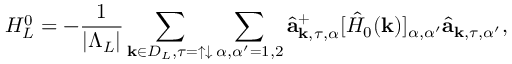
H _ { L } ^ { 0 } = - \frac { 1 } { | \Lambda _ { L } | } \sum _ { { \bf k } \in { \cal D } _ { L } , \tau = \uparrow \downarrow } \sum _ { \alpha , \alpha ^ { \prime } = 1 , 2 } \hat { \bf a } _ { { \bf k } , \tau , \alpha } ^ { + } [ \hat { H } _ { 0 } ( { \bf k } ) ] _ { \alpha , \alpha ^ { \prime } } \hat { \bf a } _ { { \bf k } , \tau , \alpha ^ { \prime } } ,